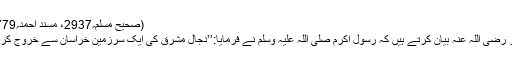
(صحیح مسلم؍2937، مسند احمد؍17779)
ابوبکر رضی اللہ عنہ بیان کرتے ہیں کہ رسول اکرم صلی اللہ علیہ وسلم نے فرمایا:’’دجال مشرق کی ایک سرزمین خراسان سے خروج کرے گا۔